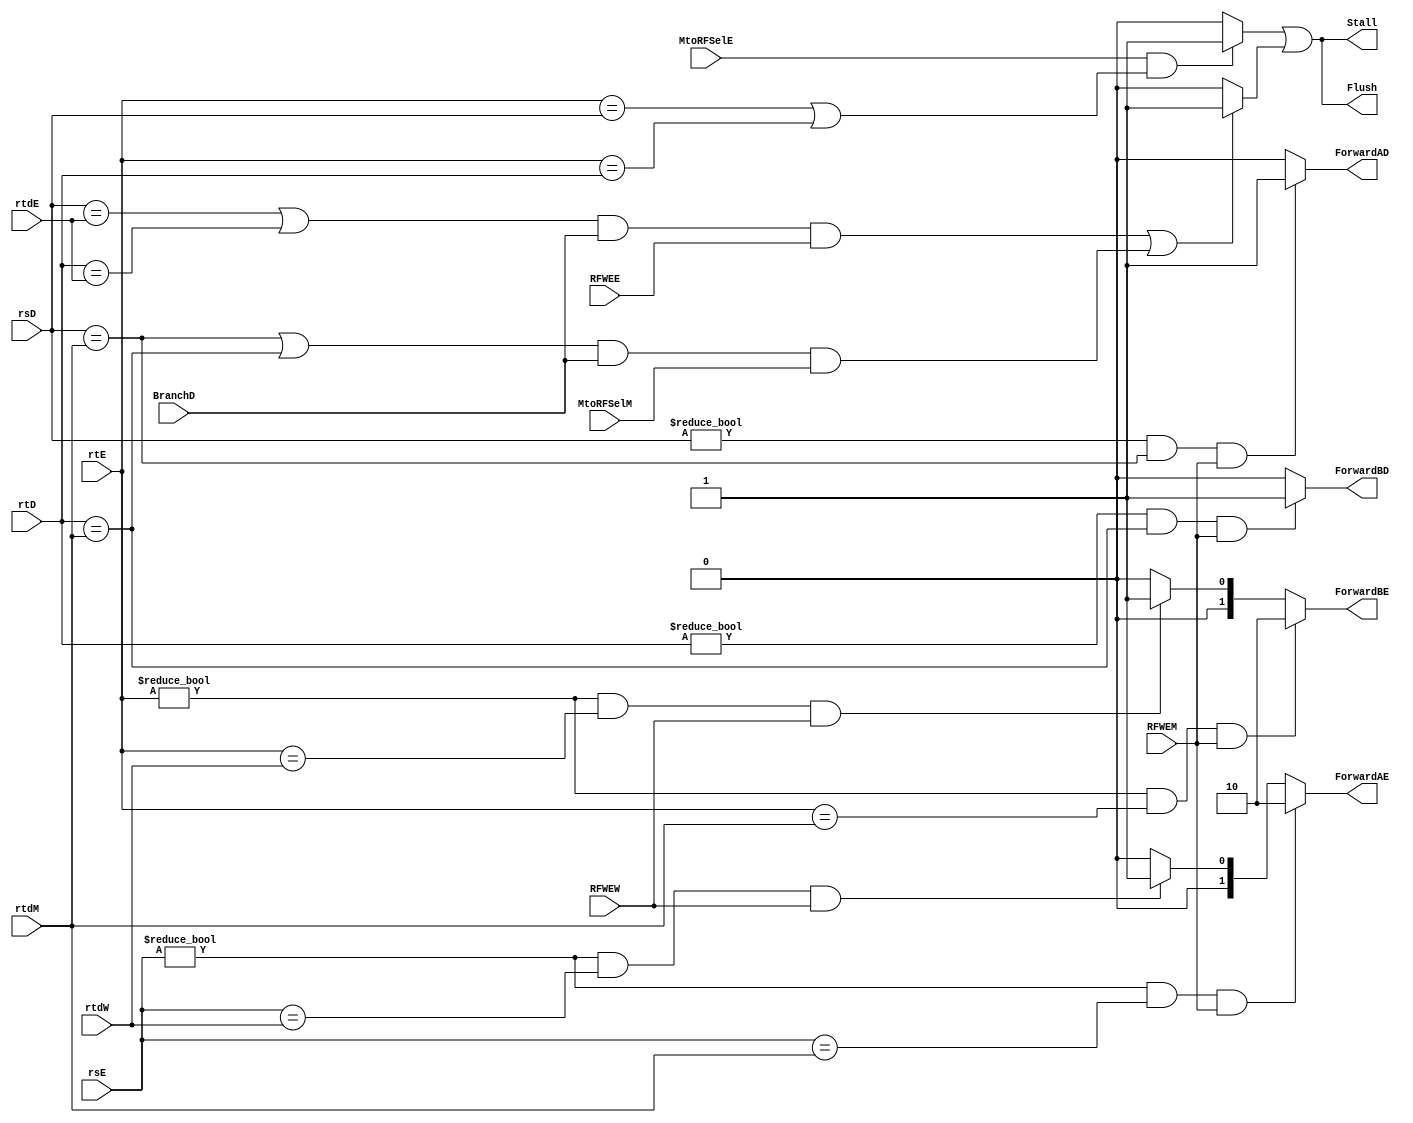
`timescale 1ns / 1ps
/*
    Hazard Unit: (stage I)
    Capable to Forward data from the MEM & WB stage...
    ...to the EX stage 
    This avoids RAW hazards
    EFFECTIVE for: R-type instructions 
    
    Hazard Unit: (stage II)
    Capable to Stall data in the Fetch/Decode stage...
    This helps prevent LW latency
    EFFECTIVE for: LW instructions
*/
module HZD (input RFWEE, RFWEM, RFWEW, MtoRFSelE, MtoRFSelM, BranchD,
            input [4:0] rsD, rtD,
            input [4:0] rsE, rtE, 
            input [4:0] rtdE, rtdM, rtdW,
            output Flush,
            output Stall,
            output reg ForwardAD, ForwardBD,
            output reg [1:0] ForwardAE, ForwardBE);

// Internal Connection     
reg LWStall, BRStall;            

// Assignments:
assign Stall = LWStall || BRStall;
assign Flush = Stall;
            
// Combinational Logic:
always @ * begin
        if ((rsE != 0) && (rsE == rtdM) && RFWEM)
            ForwardAE = 2'b10;
        else if ((rsE != 0) && (rsE == rtdW) && RFWEW)
            ForwardAE = 2'b01;
        else 
            ForwardAE = 2'b00;
        //
        if ((rtE != 0) && (rtE == rtdM) && RFWEM)
            ForwardBE = 2'b10;
        else if ((rtE != 0) && (rtE == rtdW) && RFWEW)
            ForwardBE = 2'b01;
        else 
            ForwardBE = 2'b00;
        //
        if ((rsD != 0) && (rsD == rtdM) && RFWEM)
            ForwardAD = 1'b1;
        else 
            ForwardAD = 1'b0;
        if ((rtD != 0) && (rtD == rtdM) && RFWEM)
            ForwardBD = 1'b1;
        else 
            ForwardBD = 1'b0;
        //
        if (MtoRFSelE && ((rtE == rsD) || (rtE == rtD)))
            LWStall = 1'b1;
        else 
            LWStall = 1'b0;
        //
        if ((((rsD == rtdE)||(rtD == rtdE)) && BranchD && RFWEE ) || (((rsD == rtdM)||(rtD == rtdM)) && BranchD && MtoRFSelM))
            BRStall = 1'b1;
        else 
            BRStall = 1'b0;
end

        
endmodule